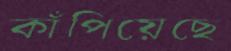
কাঁপিয়েছে